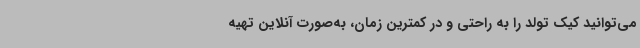
می‌توانید کیک تولد را به راحتی و در کمترین زمان، به‌صورت آنلاین تهیه